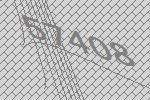
57408